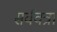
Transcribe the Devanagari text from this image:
सर्ववत्रा